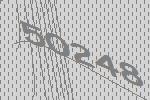
50248